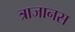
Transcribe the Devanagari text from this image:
त्राजानस